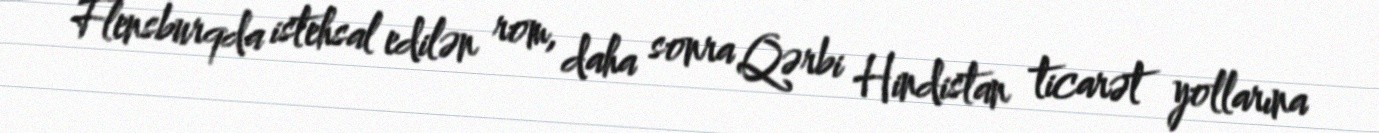
Flensburqda istehsal edilən rom, daha sonra Qərbi Hindistan ticarət yollarına